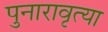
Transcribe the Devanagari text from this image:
पुनारावृत्या